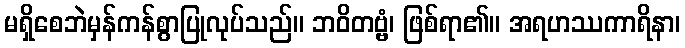
မရှိစေဘဲမှန်ကန်စွာပြုလုပ်သည်။ ဘဝိတဗ္ဗံ၊ ဖြစ်ရာ၏။ အရဟဿကာရိနာ၊